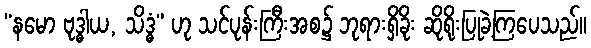
“နမော ဗုဒ္ဓါယ, သိဒ္ဓံ” ဟု သင်ပုန်းကြီးအစ၌ ဘုရားရှိခိုး ဆိုရိုးပြုခဲ့ကြပေသည်။